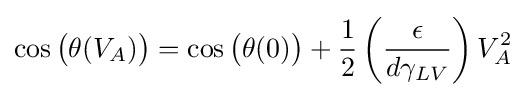
\cos {\big (}\theta (V_{A}){\big )}=\cos {\big (}\theta (0){\big )}+{\frac {1}{2}}\left({\frac {\epsilon }{d\gamma _{LV}}}\right)V_{A}^{2}